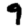
Digit: 9